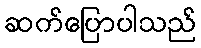
ဆက်ပြောပါသည်